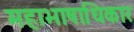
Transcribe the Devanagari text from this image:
महाभाषाधिकार